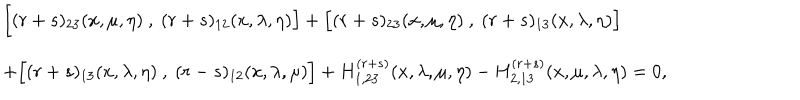
\begin{array} { l } { { \Bigl [ ( r + s ) _ { 2 3 } ( x , \mu , \eta ) ~ , ~ ( r + s ) _ { 1 2 } ( x , \lambda , \eta ) \Bigr ] + \Bigl [ ( r + s ) _ { 2 3 } ( x , \mu , \eta ) ~ , ~ ( r + s ) _ { 1 3 } ( x , \lambda , \eta ) \Bigr ] } } \\ { { + \Bigl [ ( r + s ) _ { 1 3 } ( x , \lambda , \eta ) ~ , ~ ( r - s ) _ { 1 2 } ( x , \lambda , \mu ) \Bigr ] + H _ { 1 , 2 3 } ^ { ( r + s ) } ( x , \lambda , \mu , \eta ) - H _ { 2 , 1 3 } ^ { ( r + s ) } ( x , \mu , \lambda , \eta ) = 0 , } } \\ \end{array}